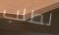
لطلب